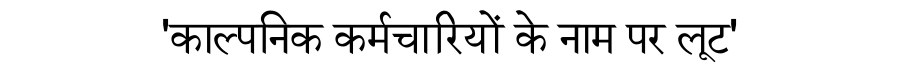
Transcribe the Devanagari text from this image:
'काल्पनिक कर्मचारियों के नाम पर लूट'